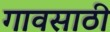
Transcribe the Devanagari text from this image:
गावसाठी